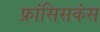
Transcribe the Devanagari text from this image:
फ्रांसिसकंस